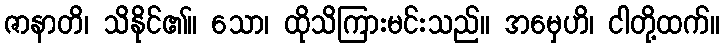
ဇာနာတိ၊ သိနိုင်၏။ သော၊ ထိုသိကြားမင်းသည်။ အမှေဟိ၊ ငါတို့ထက်။